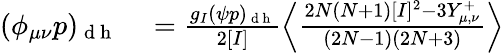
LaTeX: \begin{array}{rl}{(\phi_{\mu\nu}p)_{\mathrm{~d~h~}}}&{{}=\frac{g_{I}(\psi p)_{\mathrm{~d~h~}}}{2[I]}\left\langle\frac{2N(N+1)[I]^{2}-3Y_{\mu,\nu}^{+}}{(2N-1)(2N+3)}\right\rangle}\end{array}